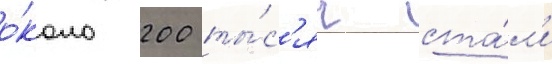
о́коло 200 ты́с'яч ста́л'и